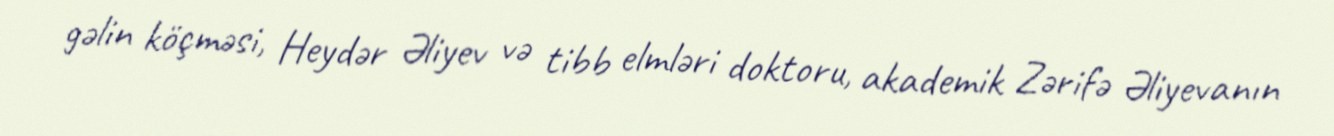
gəlin köçməsi, Heydər Əliyev və tibb elmləri doktoru, akademik Zərifə Əliyevanın